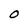
Character: O